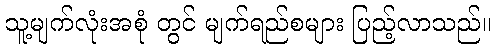
သူ့မျက်လုံးအစုံ တွင် မျက်ရည်စများ ပြည့်လာသည်။